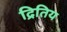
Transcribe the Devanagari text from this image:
द्रितिय